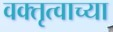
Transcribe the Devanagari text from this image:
वक्तृत्वाच्या